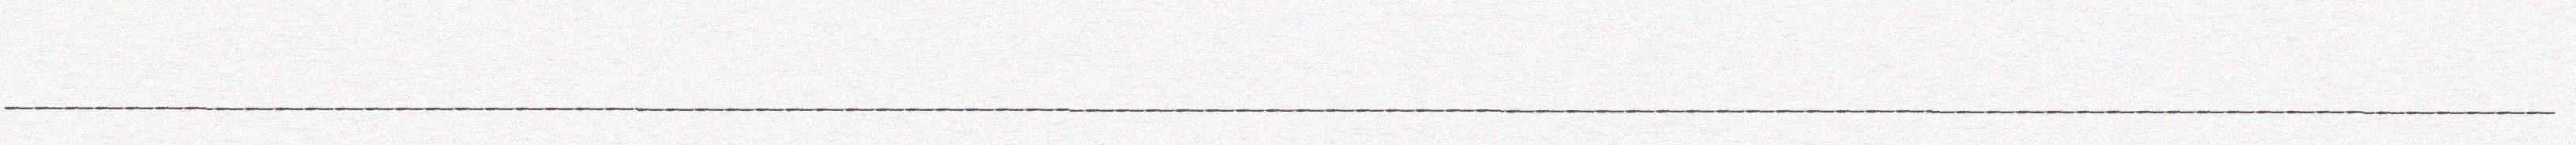
_____________________________________________________________________________________